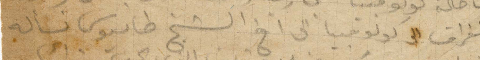
تلغراف الى كولومبيا الى اخ الشيخ طانيوس تسأله